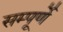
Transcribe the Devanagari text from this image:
सम्पूर्णे